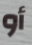
أو